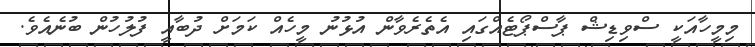
މިމީހާއަކީ ސްވިޑިޝް ޕާސްޕޯޓެއްގައި އެތެރެވާން އުޅުނު މީހެއް ކަމަށް ދުބާއީ ފުލުހުން ބުނެއެވެ.